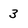
Character: 3